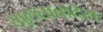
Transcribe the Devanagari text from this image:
खुलताबादेस